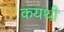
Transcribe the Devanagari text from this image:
कयथी